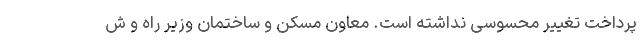
پرداخت تغییر محسوسی نداشته است. معاون مسکن و ساختمان وزیر راه و ش